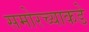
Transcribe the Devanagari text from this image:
समोरच्याकडे